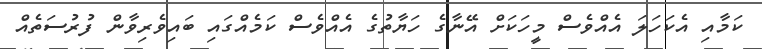
ކަމާއި އެކަހަލަ އެއްވެސް މީހަކަށް އޭނާގެ ހަޔާތުގެ އެއްވެސް ކަމެއްގައި ބައިވެރިވާން ފުރުސަތެއް